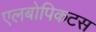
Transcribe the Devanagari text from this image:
एलबोपिकटस